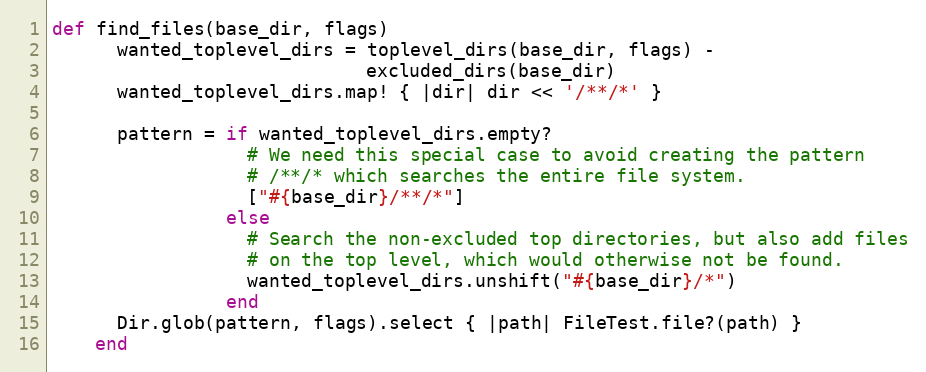
Language: Ruby
def find_files(base_dir, flags)
      wanted_toplevel_dirs = toplevel_dirs(base_dir, flags) -
                             excluded_dirs(base_dir)
      wanted_toplevel_dirs.map! { |dir| dir << '/**/*' }

      pattern = if wanted_toplevel_dirs.empty?
                  # We need this special case to avoid creating the pattern
                  # /**/* which searches the entire file system.
                  ["#{base_dir}/**/*"]
                else
                  # Search the non-excluded top directories, but also add files
                  # on the top level, which would otherwise not be found.
                  wanted_toplevel_dirs.unshift("#{base_dir}/*")
                end
      Dir.glob(pattern, flags).select { |path| FileTest.file?(path) }
    end